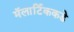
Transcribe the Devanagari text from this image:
मॅलार्टिककडे